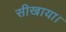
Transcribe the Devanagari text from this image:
सीखाया।